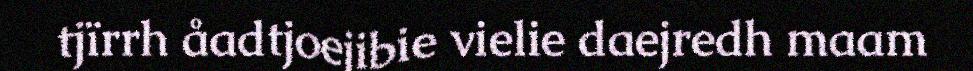
tjïrrh åadtjoejibie vielie daejredh maam